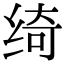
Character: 绮